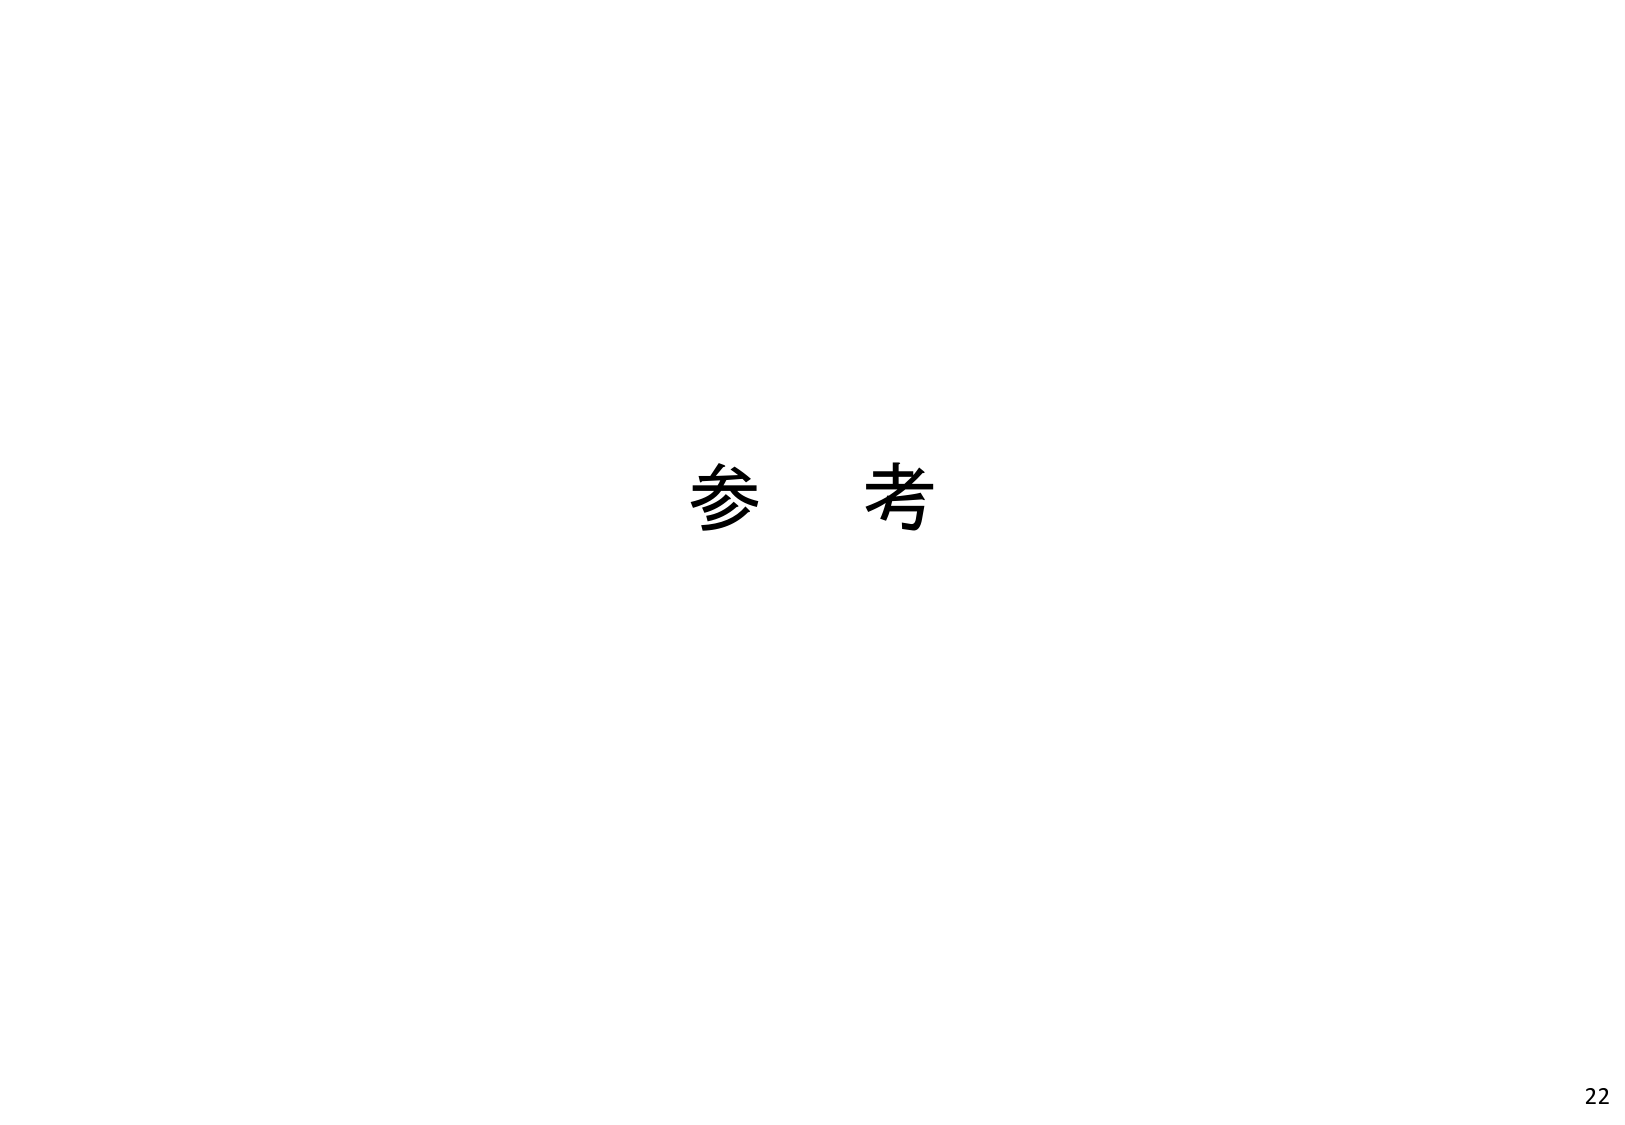
参考
22